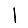
Digit: 1